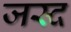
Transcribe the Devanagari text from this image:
जस्द